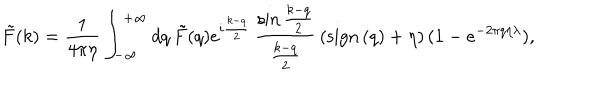
LaTeX: \tilde { F } ( k ) = { \frac { 1 } { 4 \pi \eta } } \int _ { - \infty } ^ { + \infty } d q \, \tilde { F } ( q ) e ^ { i { \frac { k - q } { 2 } } } \, { \frac { \sin { \frac { k - q } { 2 } } } { \frac { k - q } { 2 } } } \, ( \mathrm { s i g n } \, ( q ) + \eta ) \, ( 1 - e ^ { - 2 \pi q \eta \lambda } ) ,